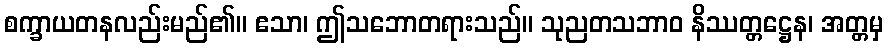
စက္ခာယတနလည်းမည်၏။ ဧသာ၊ ဤသဘောတရားသည်။ သုညတသဘာဝ နိဿတ္တဋ္ဌေန၊ အတ္တမှ